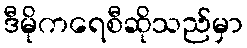
ဒီမိုကရေစီဆိုသည်မှာ